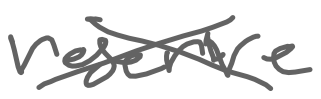
Text: reserve
Cross-out: cross
Writing tool: digital_gray